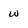
Character: w